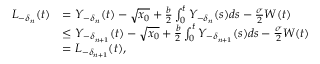
\begin{array} { r l } { L _ { - \delta _ { n } } ( t ) } & { = Y _ { - \delta _ { n } } ( t ) - \sqrt { x _ { 0 } } + \frac { b } { 2 } \int _ { 0 } ^ { t } Y _ { - \delta _ { n } } ( s ) d s - \frac { \sigma } { 2 } W ( t ) } \\ & { \le Y _ { - \delta _ { n + 1 } } ( t ) - \sqrt { x _ { 0 } } + \frac { b } { 2 } \int _ { 0 } ^ { t } Y _ { - \delta _ { n + 1 } } ( s ) d s - \frac { \sigma } { 2 } W ( t ) } \\ & { = L _ { - \delta _ { n + 1 } } ( t ) , } \end{array}